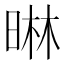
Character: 晽